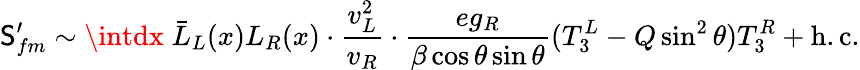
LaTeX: \mathsf{S}_{fm}^{\prime}\sim\intdx\; \bar{{L}}_{L}(x)L_{R}(x)\cdot\frac{{v_{L}^{2}}}{{v_{R}}}\cdot\frac{{eg_{R}}}{{\beta\cos\theta\sin\theta}}(T_{3}^{L}-Q\sin^{2}\theta)T_{3}^{R}+\mathrm{{h.c.}}